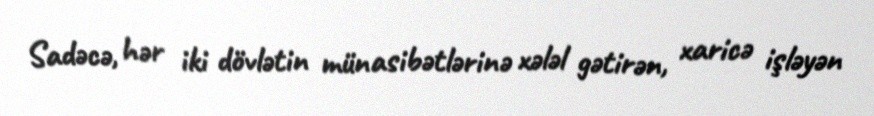
Sadəcə, hər iki dövlətin münasibətlərinə xələl gətirən, xaricə işləyən